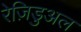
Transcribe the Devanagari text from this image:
रेज़िडुअल